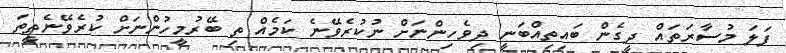
ފަލަ މުސާރަތައް ދީގެން ބައިތިއްބަނީ ދިވެހިންނަށް ނުކުރެވޭނެ ކަމެއް ތި ބޭރުމީހުންނަށް ކުރެވޭނެތީތަ